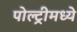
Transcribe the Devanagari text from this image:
पोल्ट्रीमध्ये